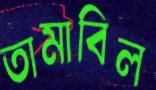
তামাবিল